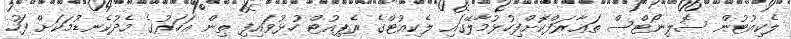
ލެކިއުޓުން ސޮލިނޯޓްސް ތަޢާރަފްކޮށްފިހުޅުމާލޭގައި ލެކިއުޓްގެ ރެޕިއުޓް ހުޅުވައިފި ތިން އަހަރުގެ މެދުކެނޑުމަކަށް ފަހު